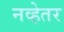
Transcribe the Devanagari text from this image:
नव्हेतर